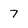
Character: 7